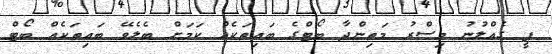
ޕީ ގެއްލުނު މިސްރު މަތިންދާ ބޯޓްގެ ބައިތަކެއް ކަމަށް ބެލެވޭ ބައިތަކެއް ބޯޓް